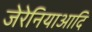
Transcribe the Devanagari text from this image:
जेरेनियाआदि